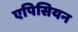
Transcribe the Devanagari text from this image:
एपिसियन